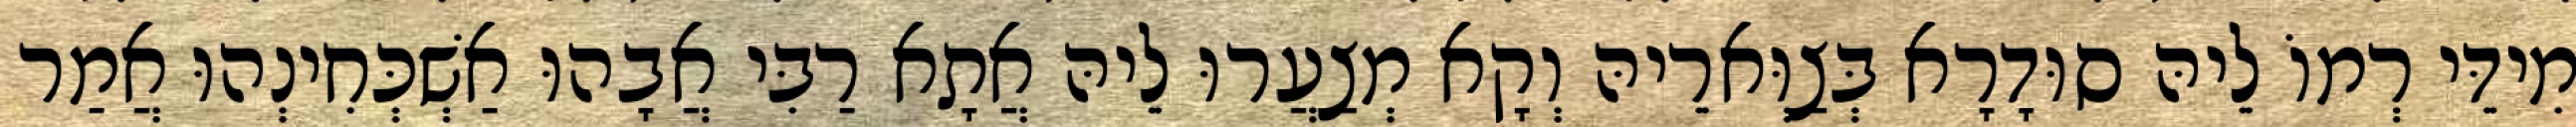
מִידֵּי רְמוֹ לֵיהּ סוּדָרָא בְּצַוְּארֵיהּ וְקָא מְצַעֲרוּ לֵיהּ אֲתָא רַבִּי אֲבָהוּ אַשְׁכְּחִינְהוּ אֲמַר